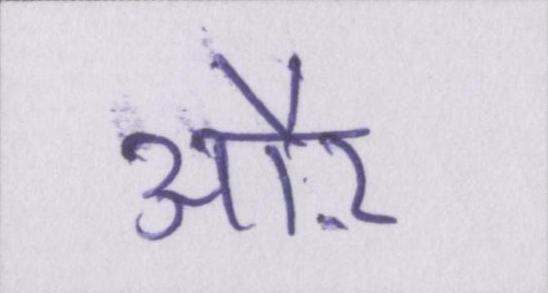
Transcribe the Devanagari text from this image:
औऱ